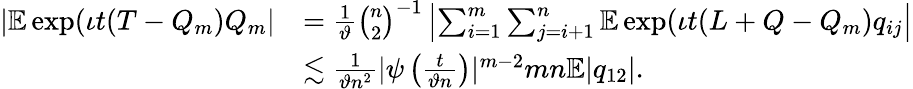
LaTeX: \begin{array}{rl}{|\mathbb{E}\exp(\iota t(T-Q_{m})Q_{m}|}&{=\frac{1}{\vartheta}\binom{n}{2}^{-1}\left|\sum_{i=1}^{m}\sum_{j=i+1}^{n}\mathbb{E}\exp(\iota t(L+Q-Q_{m})q_{ij}\right|}\\ &{\lesssim\frac{1}{\vartheta n^{2}}|\psi\left(\frac{t}{\vartheta n}\right)|^{m-2}mn\mathbb{E}|q_{12}|.}\end{array}